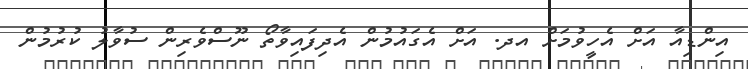
އިންޑިއާ އަށް އެހީވުމަށް އދ. އަށް އެގައުމުން އެދިފައިވާތޯ ނޫސްވެރިން ސުވާލު ކުރުމުން